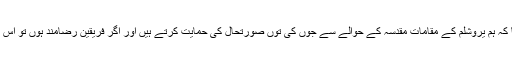
صدر نے بالااحتیاط طور سے یہ بھی کہا کہ ہم یروشلم کے مقامات مقدسہ کے حوالے سے جوں کی توں صورتحال کی حمایت کرتے ہیں اور اگر فریقین رضامند ہوں تو اس مسئلے کے دو ریاستی حل کے حامی ہیں۔